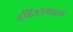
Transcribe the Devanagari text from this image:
उद्दिष्टाबद्दल